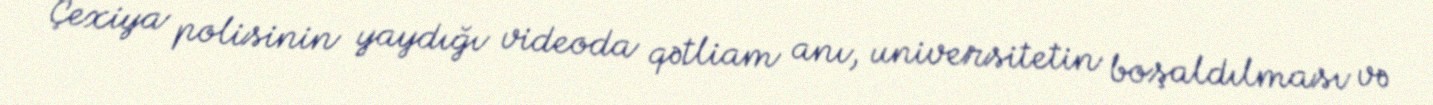
Çexiya polisinin yaydığı videoda qətliam anı, universitetin boşaldılması və